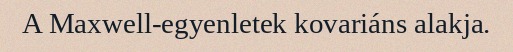
A Maxwell-egyenletek kovariáns alakja.